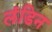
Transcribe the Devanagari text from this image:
लंडिन